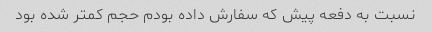
نسبت به دفعه پیش که سفارش داده بودم حجم کمتر شده بود